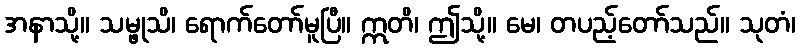
အနာသို့။ သမ္ဖုသိ၊ ရောက်တော်မူပြီ။ ဣတိ၊ ဤသို့။ မေ၊ တပည့်တော်သည်။ သုတံ၊